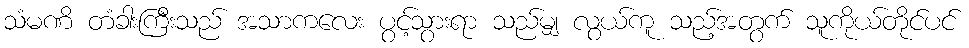
သံမဏိ တံခါးကြီးသည် အသာကလေး ပွင့်သွားရာ သည်မျှ လွယ်ကူ သည့်အတွက် သူကိုယ်တိုင်ပင်